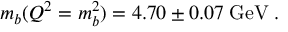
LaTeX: m _ { b } ( Q ^ { 2 } = m _ { b } ^ { 2 } ) = 4 . 7 0 \pm 0 . 0 7 \; \mathrm { \mathrm { \mathrm { G e V } } } \; .